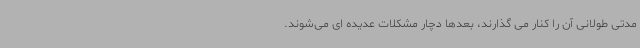
مدتی طولانی آن را کنار می گذارند، بعدها دچار مشکلات عدیده ای می‌شوند.